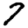
Digit: 7